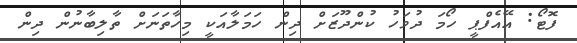
ފޮޓޯ: އޭއެފްޕީ ހޯމަ ދުވަހު ކުންދޫޒަށް ދިން ހަމަލާއަކީ މިހާތަނަށް ތާލިބާނުން ދިން